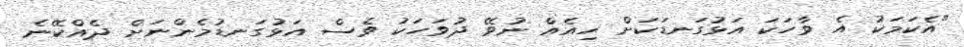
"އެކަމަކު އެ ވާހަކަ އަޅުގަނޑަކަށް ހިއެއް ނުވޭ ދުވަހަކު ވެސް އަޅުގަނޑުމެންނަށް ދެއްކޭނެ